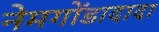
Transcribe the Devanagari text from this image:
नेमगोंडादादा